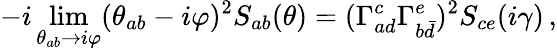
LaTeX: -i\operatorname*{lim}_{\theta_{ab}\rightarrow i\varphi}(\theta_{ab}-i\varphi)^{2}S_{ab}(\theta)=(\Gamma_{ad}^{c}\Gamma_{b\bar{d}}^{e})^{2}S_{ce}(i\gamma)\, ,